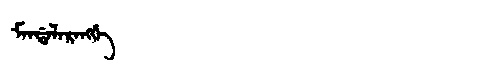
Manchu: ᠮᠠᠨᡩᠠᠯᠠᡵᠠᠩᡤᡝ
Romanization: MANDALARANGGE